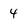
Character: 4